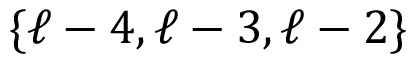
\{ \ell - 4 , \ell - 3 , \ell - 2 \}